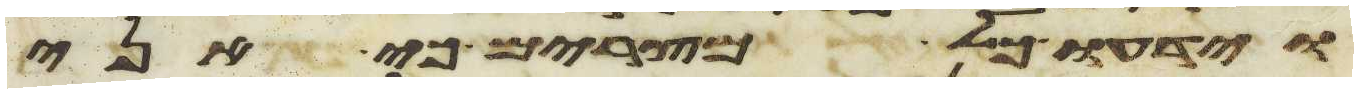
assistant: וידעו כל מצרים כי אני